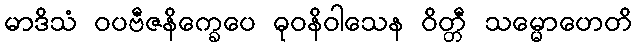
မာဒိသံ ဝပဗီဇနိက္ခေပေ ဓုဝနိဝါသေန ဝိတ္တီ သမ္မောဟေတိ